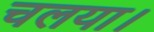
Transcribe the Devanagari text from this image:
चलया।